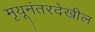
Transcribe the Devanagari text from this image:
मृयूनंतरदेखील